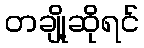
တချို့ဆိုရင်